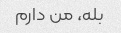
بله، من دارم